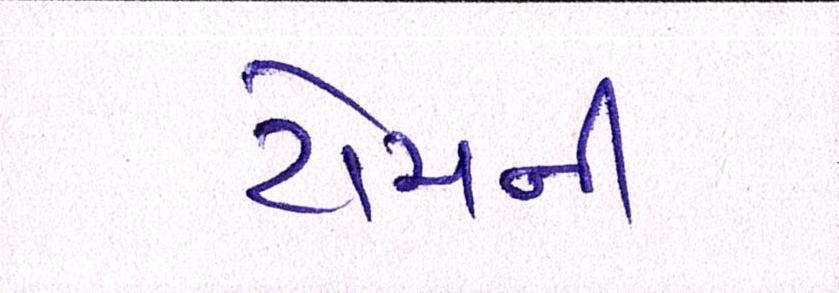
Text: ટોચની